Civil Veterinary Dept. Bombay admin report 1932-41 - 1932-1941
Year: 1932
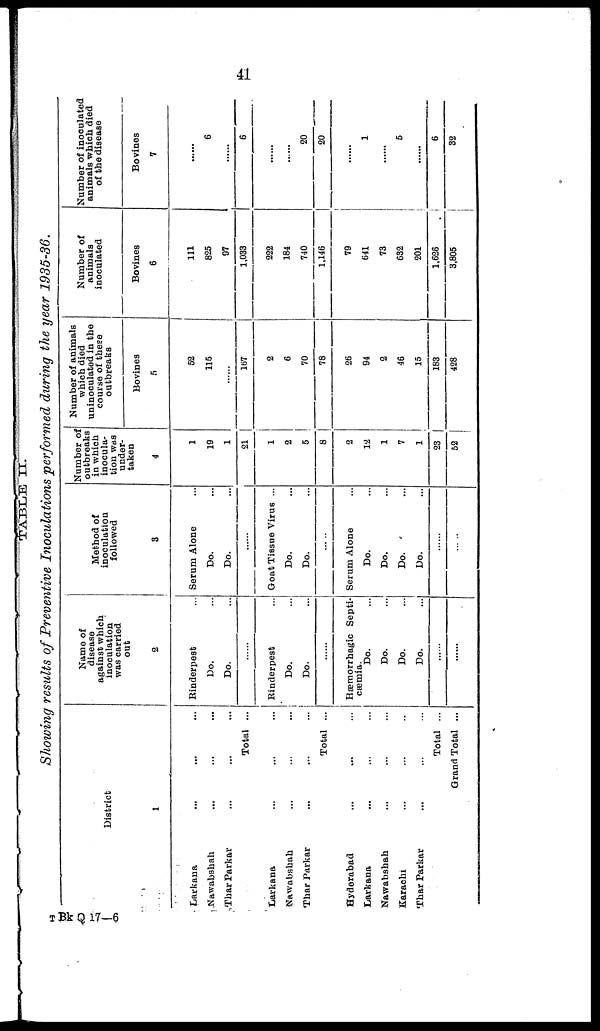
41
TABLE II.
Showing results of Preventive Inoculations performed during the year 1935-36.
District
1
Larkana
...
...
...
Nawabshah
... ... ...
Thar Parkar
... ... ...
Total ...
Larkana
...
...
...
Nawabshah ... ... ...
Thar Parkar
... ... ...
Total ...
Hyderabad ... ... ...
Larkana ... ... ...
Nawabsbah... ... ...
Karachi
... ... ...
Thar Parkar
... ... ...
Total ...
Grand Total ...
Name of
disease
against which
inoculation
was carried
out
2
Rinderpest ...
Do. ...
Do. ...
......
Rinderpest ...
Do. ...
Do. ...
......
Hæmorrhagie Septi-
cæmia.
Do. ...
Do. ...
Do. ...
Do. ...
......
......
Method of
inoculation
followed
3
Serum Alone ...
Do. ...
Do. ...
......
Goat Tissue Virus ...
Do. ...
Do. ...
.....
Serum Alone ...
Do. ...
Do. ...
Do. ...
Do. ...
.....
......
Number of
outbreaks
in which
inocula-
tion was
under-
taken
4
1
19
1
21
1
2
5
8
2
12
1
7
1
23
52
Number of animals
which died
uninoculated in the
course of these
outbreaks
Bovines
5
52
115
......
167
2
6
70
78
26
94
2
46
15
183
428
Number of
animals
inoculated
Bovines
6
111
825
97
1.033
222
184
740
1.146
79
641
73
632
201
1,628
3,805
Number of inoculated
animals which died
of the disease
Bovines
7
......
6
......
6
......
......
20
20
......
1
......
5
......
6
32
T Bk Q 17—6